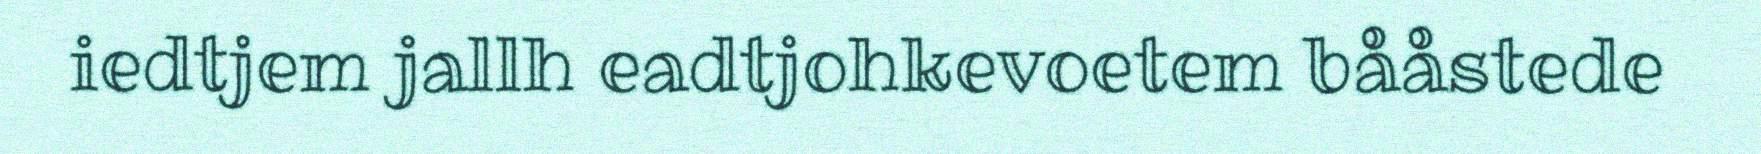
iedtjem jallh eadtjohkevoetem bååstede